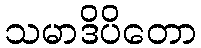
သမာဒိပိတော